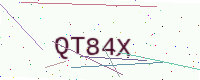
Text: QT84X